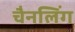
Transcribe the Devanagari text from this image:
चैनलिंग